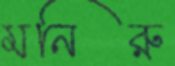
মনিরু